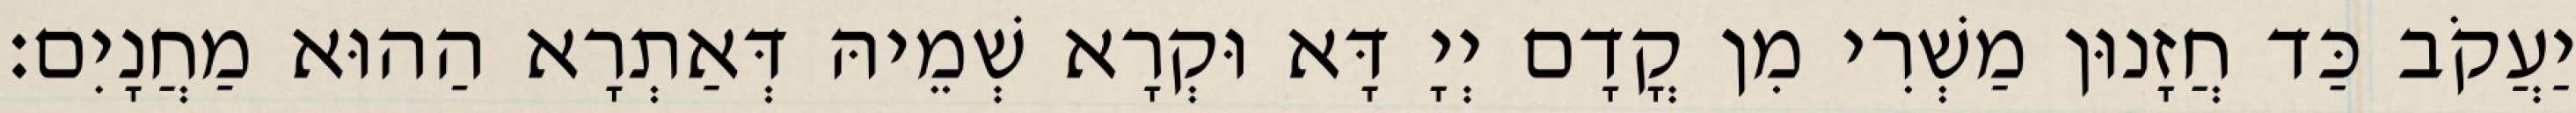
יַעֲקֹב כַּד חֲזָנוּן מַשְׁרִי מִן קֳדָם יְיָ דָּא וּקְרָא שְׁמֵיהּ דְּאַתְרָא הַהוּא מַחֲנָיִם׃